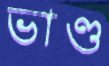
ভাণ্ড